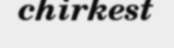
chirkest